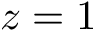
z = 1